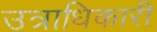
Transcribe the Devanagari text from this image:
उत्राधिकारी